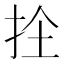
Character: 𭠜